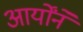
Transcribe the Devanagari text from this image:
आर्योंने